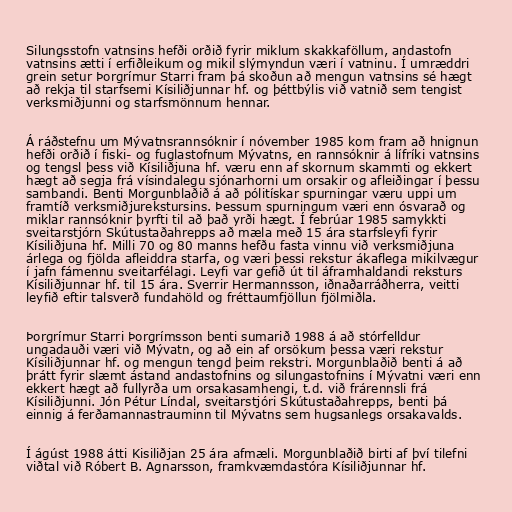
Silungsstofn vatnsins hefði orðið fyrir miklum skakkaföllum, andastofn
vatnsins ætti í erfiðleikum og mikil slýmyndun væri í vatninu. Í umræddri
grein setur Þorgrímur Starri fram þá skoðun að mengun vatnsins sé hægt
að rekja til starfsemi Kísiliðjunnar hf. og þéttbýlis við vatnið sem tengist
verksmiðjunni og starfsmönnum hennar.

Á ráðstefnu um Mývatnsrannsóknir í nóvember 1985 kom fram að hnignun
hefði orðið í fiski- og fuglastofnum Mývatns, en rannsóknir á lífríki vatnsins
og tengsl þess við Kísiliðjuna hf. væru enn af skornum skammti og ekkert
hægt að segja frá vísindalegu sjónarhorni um orsakir og afleiðingar í þessu
sambandi. Benti Morgunblaðið á að pólitískar spurningar væru uppi um
framtíð verksmiðjurekstursins. Þessum spurningum væri enn ósvarað og
miklar rannsóknir þyrfti til að það yrði hægt. Í febrúar 1985 samykkti
sveitarstjórn Skútustaðahrepps að mæla með 15 ára starfsleyfi fyrir
Kísiliðjuna hf. Milli 70 og 80 manns hefðu fasta vinnu við verksmiðjuna
árlega og fjölda afleiddra starfa, og væri þessi rekstur ákaflega mikilvægur
í jafn fámennu sveitarfélagi. Leyfi var gefið út til áframhaldandi reksturs
Kísiliðjunnar hf. til 15 ára. Sverrir Hermannsson, iðnaðarráðherra, veitti
leyfið eftir talsverð fundahöld og fréttaumfjöllun fjölmiðla.

Þorgrímur Starri Þorgrímsson benti sumarið 1988 á að stórfelldur
ungadauði væri við Mývatn, og að ein af orsökum þessa væri rekstur
Kísiliðjunnar hf. og mengun tengd þeim rekstri. Morgunblaðið benti á að
þrátt fyrir slæmt ástand andastofnins og silungastofnins í Mývatni væri enn
ekkert hægt að fullyrða um orsakasamhengi, t.d. við frárennsli frá
Kísiliðjunni. Jón Pétur Líndal, sveitarstjóri Skútustaðahrepps, benti þá
einnig á ferðamannastrauminn til Mývatns sem hugsanlegs orsakavalds.

Í ágúst 1988 átti Kisiliðjan 25 ára afmæli. Morgunblaðið birti af því tilefni
viðtal við Róbert B. Agnarsson, framkvæmdastóra Kísiliðjunnar hf.